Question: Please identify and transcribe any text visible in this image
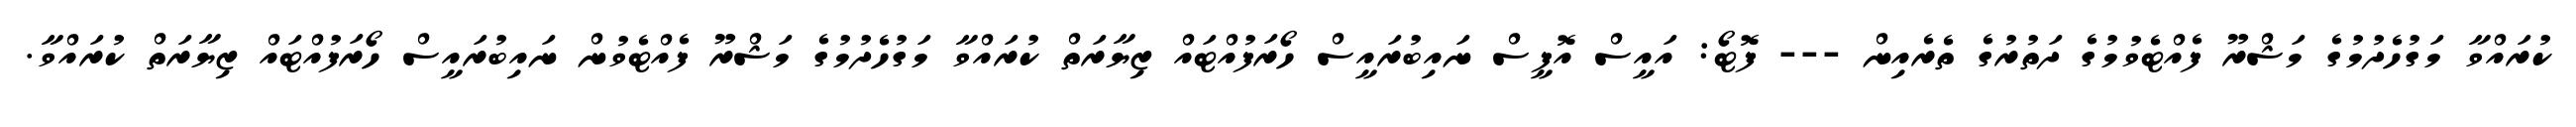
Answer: ކުރައްވާ މަގުހެދުމުގެ މަޝްރޫ ފެއްޓެވުމުގެ ދަތުރުގެ ތެރެއިން --- ފޮޓޯ: އައީސް އޮފީސް ނައިބުރައީސް ހޯރަފުއްޓައް ޒިޔާރަތް ކުރައްވާ މަގުހެދުމުގެ މަޝްރޫ ފެއްޓެވުން ނައިބުރައީސް ހޯރަފުއްޓައް ޒިޔާރަތް ކުރައްވާ.